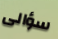
سؤالى